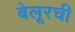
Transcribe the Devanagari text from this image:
बेलूरची